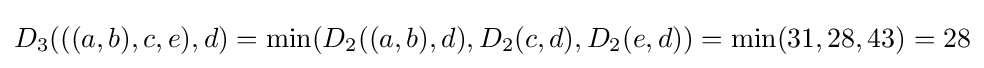
D_{3}(((a,b),c,e),d)=\min(D_{2}((a,b),d),D_{2}(c,d),D_{2}(e,d))=\min(31,28,43)=28